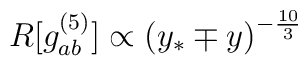
R[g_{ab}^{(5)}]\propto\left(y_*\mp y\right)^{-\frac{10}{3}}